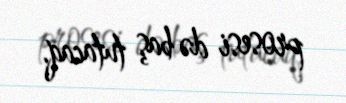
prosesi də baş tutacaq.